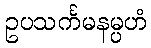
ဥပသင်္ကမနမ္ပဟံ